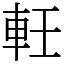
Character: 軠